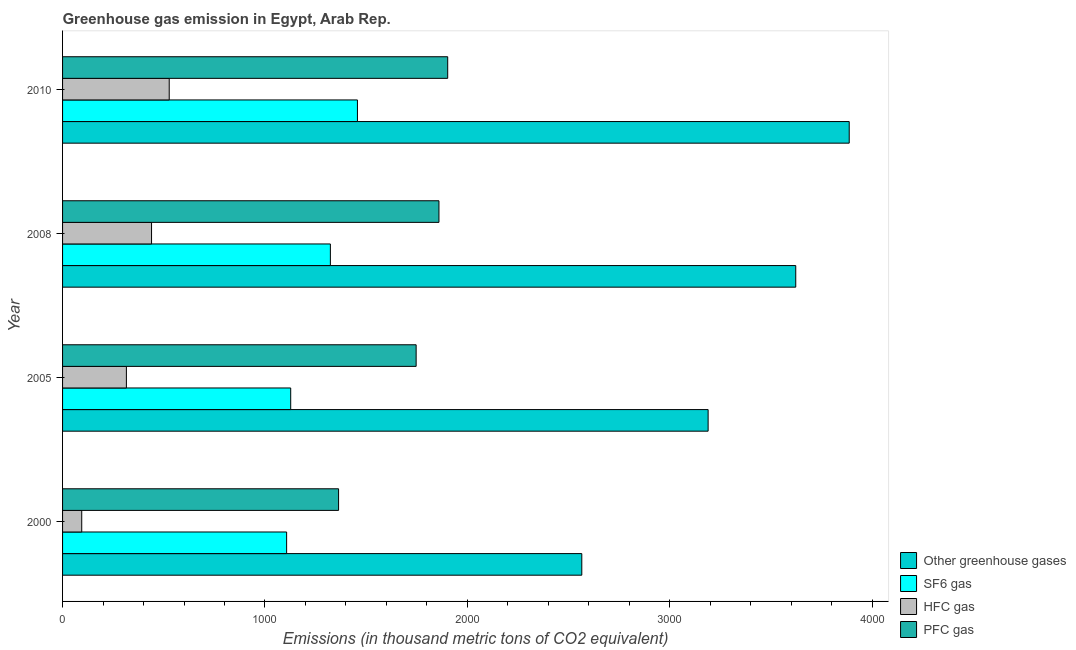
| Year | Other greenhouse gases | SF6 gas | HFC gas | PFC gas |
 | --- | --- | --- | --- | --- |
 | 2000 | 2.57e+03 | 1.11e+03 | 94.7 | 1.36e+03 |
 | 2005 | 3.19e+03 | 1.13e+03 | 315 | 1.75e+03 |
 | 2008 | 3.62e+03 | 1.32e+03 | 440 | 1.86e+03 |
 | 2010 | 3.89e+03 | 1.46e+03 | 527 | 1.9e+03 |